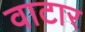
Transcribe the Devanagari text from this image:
वाटार